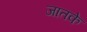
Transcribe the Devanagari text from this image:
जातके